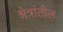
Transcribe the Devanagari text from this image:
श्रेत्रांतील